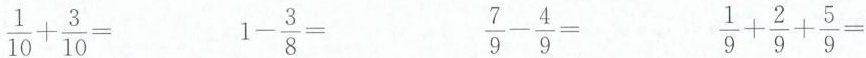
$$\frac { 1 } { 1 0 } + \frac { 3 } { 1 0 } =$$ $$1 - \frac { 3 } { 8 } =$$ $$\frac { 7 } { 9 } - \frac { 4 } { 9 } =$$ $$\frac { 1 }